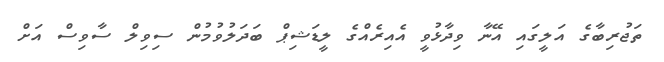
ތަޖުރިބާގެ އަލީގައި އޭނާ ވިދާޅުވީ އެއިރެއްގެ ލީޑަޝިޕް ބަދަލުވުމުން ސިވިލް ސާވިސް އަށް